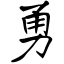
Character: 勇